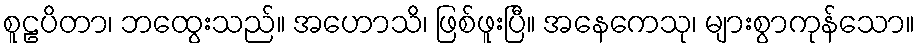
စူဠပိတာ၊ ဘထွေးသည်။ အဟောသိ၊ ဖြစ်ဖူးပြီ။ အနေကေသု၊ များစွာကုန်သော။